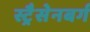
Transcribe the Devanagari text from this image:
स्ट्रैसेनबर्ग